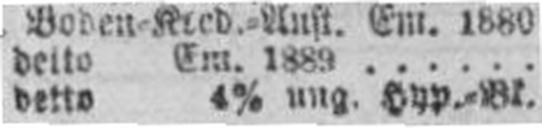
detto 4% ung. Hyp.=Bl.